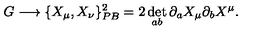
G \longrightarrow \{ X _ { \mu } , X _ { \nu } \} _ { P B } ^ { 2 } = 2 \det _ { a b } \partial _ { a } X _ { \mu } \partial _ { b } X ^ { \mu } .